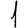
Digit: 1